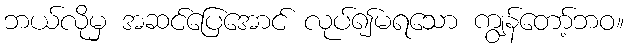
ဘယ်လိုမှ အဆင်ပြေအောင် လုပ်၍မရသော ကျွန်တော့်ဘဝ။